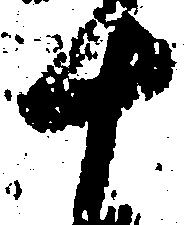
十